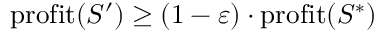
\mathrm { p r o f i t } ( S ^ { \prime } ) \geq ( 1 - \varepsilon ) \cdot \mathrm { p r o f i t } ( S ^ { * } )